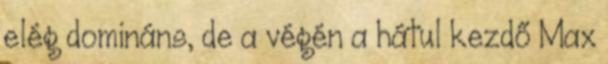
elég domináns, de a végén a hátul kezdő Max